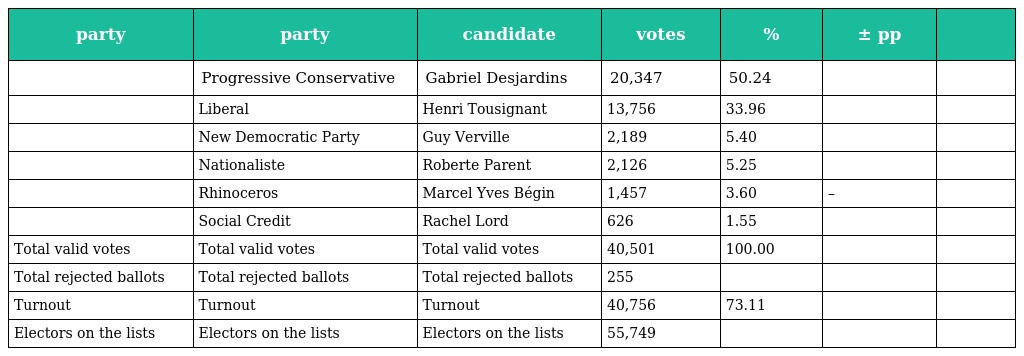
| party | party | candidate | votes | % | ± pp |  |
 | --- | --- | --- | --- | --- | --- | --- |
 |  | Progressive Conservative | Gabriel Desjardins | 20,347 | 50.24 |  |  |
 |  | Liberal | Henri Tousignant | 13,756 | 33.96 |  |  |
 |  | New Democratic Party | Guy Verville | 2,189 | 5.40 |  |  |
 |  | Nationaliste | Roberte Parent | 2,126 | 5.25 |  |  |
 |  | Rhinoceros | Marcel Yves Bégin | 1,457 | 3.60 | – |  |
 |  | Social Credit | Rachel Lord | 626 | 1.55 |  |  |
 | Total valid votes | Total valid votes | Total valid votes | 40,501 | 100.00 |  |  |
 | Total rejected ballots | Total rejected ballots | Total rejected ballots | 255 |  |  |  |
 | Turnout | Turnout | Turnout | 40,756 | 73.11 |  |  |
 | Electors on the lists | Electors on the lists | Electors on the lists | 55,749 |  |  |  |